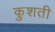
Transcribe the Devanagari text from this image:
कुशती